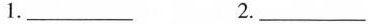
1._________2._________